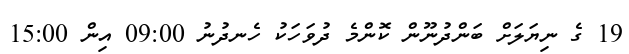
19 ގެ ނިޔަލަށް ބަންދުނޫން ކޮންމެ ދުވަހަކު ހެނދުނު 09:00 އިން 15:00